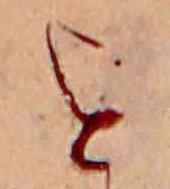
を